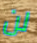
لن